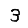
Digit: 3